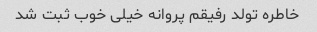
خاطره تولد رفیقم پروانه خیلی خوب ثبت شد